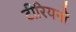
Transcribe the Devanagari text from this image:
टीरियनों